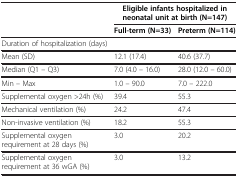
<table><thead><tr><td rowspan="2"><b> </b></td><td colspan="2"><b>Eligible infants hospitalized in neonatal unit at birth (N=147)</b></td></tr><tr><td><b>Full-term (N=33)</b></td><td><b>Preterm (N=114)</b></td></tr></thead><tbody><tr><td>Duration of hospitalization (days)</td><td> </td><td> </td></tr><tr><td>Mean (SD)</td><td>12.1 (17.4)</td><td>40.6 (37.7)</td></tr><tr><td>Median (Q1 – Q3)</td><td>7.0 (4.0 – 16.0)</td><td>28.0 (12.0 – 60.0)</td></tr><tr><td>Min – Max</td><td>1.0 – 90.0</td><td>7.0 – 222.0</td></tr><tr><td>Supplemental oxygen &gt;24h (%)</td><td>39.4</td><td>55.3</td></tr><tr><td>Mechanical ventilation (%)</td><td>24.2</td><td>47.4</td></tr><tr><td>Non-invasive ventilation (%)</td><td>18.2</td><td>55.3</td></tr><tr><td>Supplemental oxygen requirement at 28 days (%)</td><td>3.0</td><td>20.2</td></tr><tr><td>Supplemental oxygen requirement at 36 wGA (%)</td><td>3.0</td><td>13.2</td></tr></tbody></table>